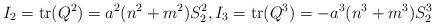
LaTeX: \begin{align*}I_2=\mathrm{tr}(Q^2)=a^2(n^2+m^2)S_2^2,I_3=\mathrm{tr}(Q^3)=-a^3(n^3+m^3)S_2^3\end{align*}